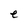
Character: e